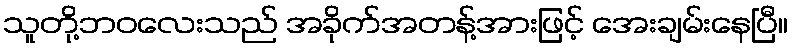
သူတို့ဘဝလေးသည် အခိုက်အတန့်အားဖြင့် အေးချမ်းနေပြီ။